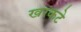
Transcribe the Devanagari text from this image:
खरकटे